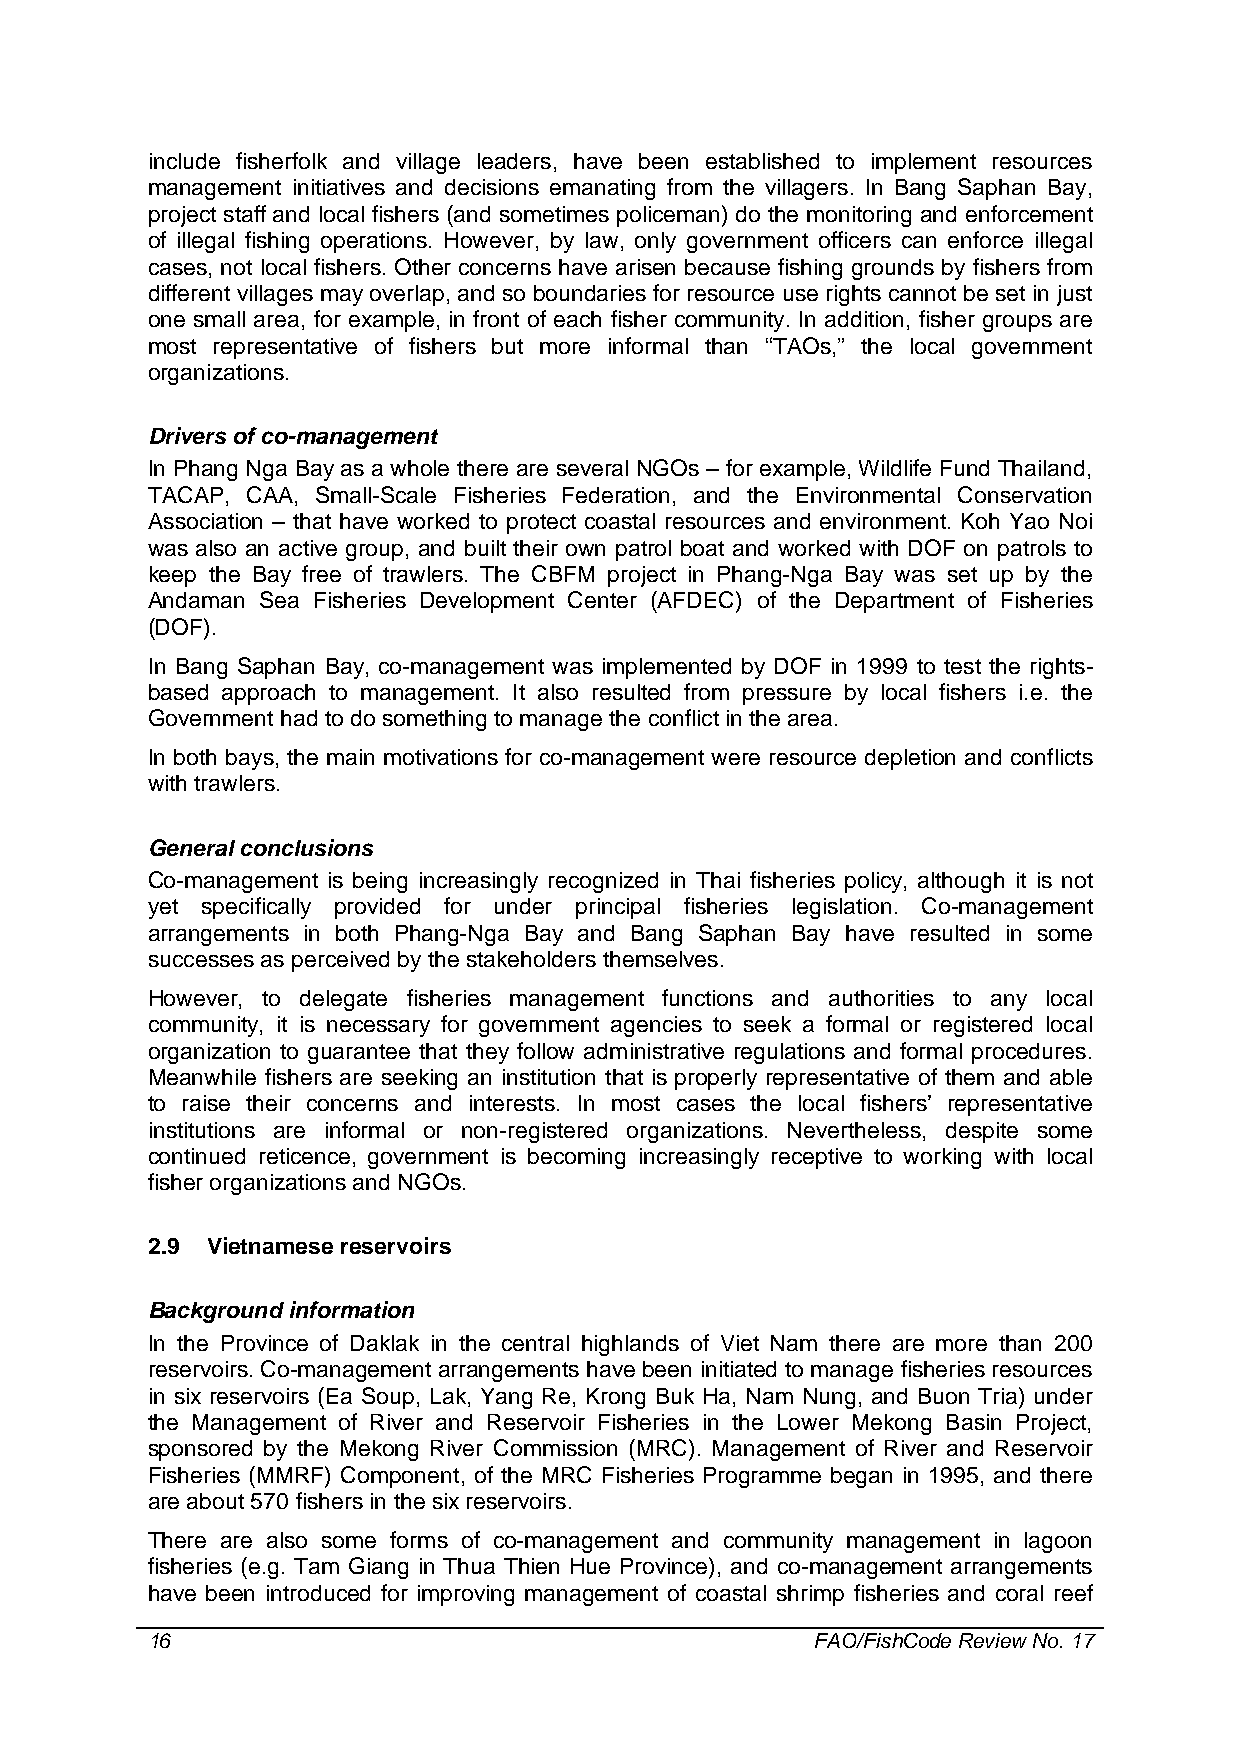
include fisherfolk and village leaders, have been established to implement resources
 management initiatives and decisions emanating from the villagers. In Bang Saphan Bay,
 project staff and local fishers (and sometimes policeman) do the monitoring and enforcement
 of illegal fishing operations. However, by law, only government officers can enforce illegal
 cases, not local fishers. Other concerns have arisen because fishing grounds by fishers from
 different villages may overlap, and so boundaries for resource use rights cannot be set in just
 one small area, for example, in front of each fisher community. In addition, fisher groups are
 most representative of fishers but more informal than “TAOs,” the local government
 organizations.
 Drivers of co-management
 In Phang Nga Bay as a whole there are several NGOs – for example, Wildlife Fund Thailand,
 TACAP, CAA, Small-Scale Fisheries Federation, and the Environmental Conservation
 Association – that have worked to protect coastal resources and environment. Koh Yao Noi
 was also an active group, and built their own patrol boat and worked with DOF on patrols to
 keep the Bay free of trawlers. The CBFM project in Phang-Nga Bay was set up by the
 Andaman Sea Fisheries Development Center (AFDEC) of the Department of Fisheries
 (DOF).
 In Bang Saphan Bay, co-management was implemented by DOF in 1999 to test the rights-
 based approach to management. It also resulted from pressure by local fishers i.e. the
 Government had to do something to manage the conflict in the area.
 In both bays, the main motivations for co-management were resource depletion and conflicts
 with trawlers.
 General conclusions
 Co-management is being increasingly recognized in Thai fisheries policy, although it is not
 yet specifically provided for under principal fisheries legislation. Co-management
 arrangements in both Phang-Nga Bay and Bang Saphan Bay have resulted in some
 successes as perceived by the stakeholders themselves.
 However, to delegate fisheries management functions and authorities to any local
 community, it is necessary for government agencies to seek a formal or registered local
 organization to guarantee that they follow administrative regulations and formal procedures.
 Meanwhile fishers are seeking an institution that is properly representative of them and able
 to raise their concerns and interests. In most cases the local fishers’ representative
 institutions are informal or non-registered organizations. Nevertheless, despite some
 continued reticence, government is becoming increasingly receptive to working with local
 fisher organizations and NGOs.
 2.9 Vietnamese reservoirs
 Background information
 In the Province of Daklak in the central highlands of Viet Nam there are more than 200
 reservoirs. Co-management arrangements have been initiated to manage fisheries resources
 in six reservoirs (Ea Soup, Lak, Yang Re, Krong Buk Ha, Nam Nung, and Buon Tria) under
 the Management of River and Reservoir Fisheries in the Lower Mekong Basin Project,
 sponsored by the Mekong River Commission (MRC). Management of River and Reservoir
 Fisheries (MMRF) Component, of the MRC Fisheries Programme began in 1995, and there
 are about 570 fishers in the six reservoirs.
 There are also some forms of co-management and community management in lagoon
 fisheries (e.g. Tam Giang in Thua Thien Hue Province), and co-management arrangements
 have been introduced for improving management of coastal shrimp fisheries and coral reef
 16                                          FAO/FishCode Review No. 17